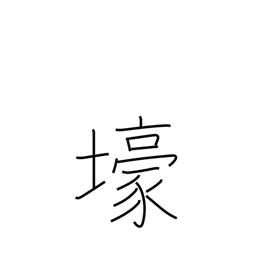
Meaning: trench